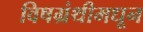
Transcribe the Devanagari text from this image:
विषग्रंथीमधून